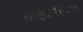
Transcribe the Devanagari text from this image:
कहानीच्या